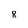
Character: 8